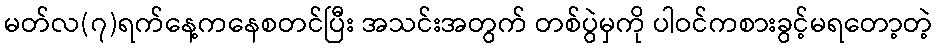
မတ်လ(၇)ရက်နေ့ကနေစတင်ပြီး အသင်းအတွက် တစ်ပွဲမှကို ပါဝင်ကစားခွင့်မရတော့တဲ့